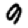
Digit: 9